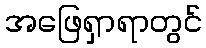
အဖြေရှာရာတွင်